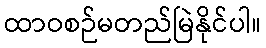
ထာဝစဉ်မတည်မြဲနိုင်ပါ။